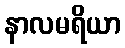
နာလမရိယာ